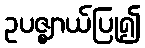
ဥပဇ္ဈာယ်ပြု၍